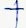
Text: +